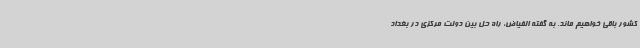
کشور باقی خواهیم ماند. به گفته الفیاض،‌ راه حل بین دولت مرکزی در بغداد